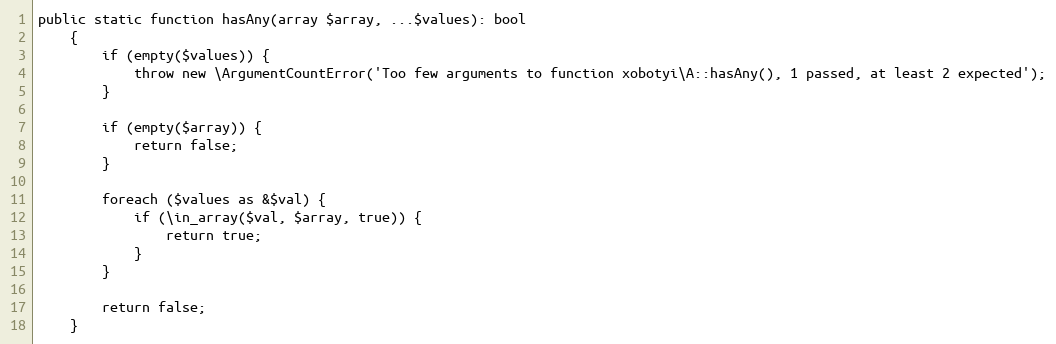
Language: PHP
public static function hasAny(array $array, ...$values): bool
    {
        if (empty($values)) {
            throw new \ArgumentCountError('Too few arguments to function xobotyi\A::hasAny(), 1 passed, at least 2 expected');
        }

        if (empty($array)) {
            return false;
        }

        foreach ($values as &$val) {
            if (\in_array($val, $array, true)) {
                return true;
            }
        }

        return false;
    }